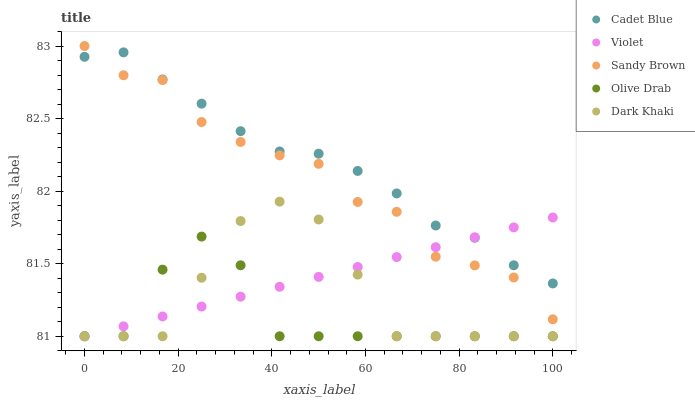
| xaxis_label | Cadet Blue | Violet | Sandy Brown | Olive Drab | Dark Khaki |
 | --- | --- | --- | --- | --- | --- |
 | 0 | 82.9 | 81 | 83 | 81 | 81 |
 | 8.33 | 83 | 81.1 | 82.8 | 81 | 81 |
 | 16.7 | 82.8 | 81.1 | 82.8 | 81.5 | 81 |
 | 25 | 82.6 | 81.2 | 82.5 | 81.7 | 81.4 |
 | 33.3 | 82.4 | 81.3 | 82.3 | 81.5 | 81.8 |
 | 41.7 | 82.3 | 81.3 | 82.2 | 81 | 81.9 |
 | 50 | 82.3 | 81.4 | 82.2 | 81 | 81.8 |
 | 58.3 | 82.1 | 81.5 | 81.9 | 81 | 81.4 |
 | 66.7 | 82 | 81.5 | 81.9 | 81 | 81 |
 | 75 | 81.8 | 81.6 | 81.5 | 81 | 81 |
 | 83.3 | 81.7 | 81.7 | 81.5 | 81 | 81 |
 | 91.7 | 81.5 | 81.8 | 81.4 | 81 | 81 |
 | 100 | 81.4 | 81.8 | 81.1 | 81 | 81 |